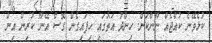
ކުޅެވޭނެ ކުއްޖެއް ނޫންކަން. ހިންދު އަތުގައި ހިފައިގެން ގޮސް އޭނާ ކުރިން އިން